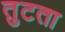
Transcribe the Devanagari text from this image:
तुटता